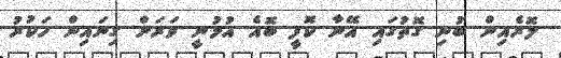
ލޮރެއިން ބުނި ގޮތުގައި އޭނާ ކޮފީ ބޮއެ އުޅުނީ ވަރަށް ގިނައިން ހަކުރު